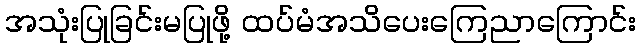
အသုံးပြုခြင်းမပြုဖို့ ထပ်မံအသိပေးကြေညာကြောင်း